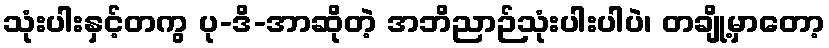
သုံးပါးနှင့်တကွ ပု-ဒိ-အာဆိုတဲ့ အဘိညာဉ်သုံးပါးပါပဲ၊ တချို့မှာတော့